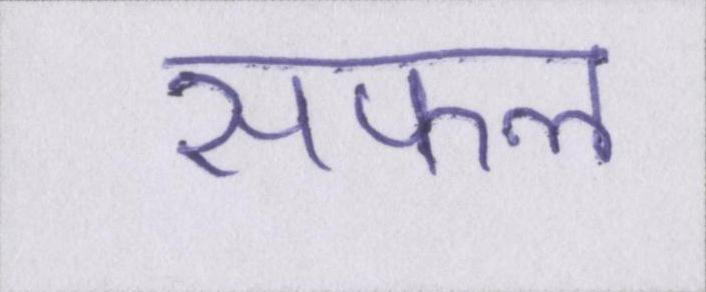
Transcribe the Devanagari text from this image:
सफल